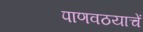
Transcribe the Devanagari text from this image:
पाणवठयाचें